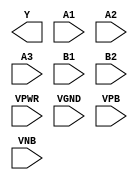
module sky130_fd_sc_ms__a32oi (
    Y   ,
    A1  ,
    A2  ,
    A3  ,
    B1  ,
    B2  ,
    VPWR,
    VGND,
    VPB ,
    VNB
);

    output Y   ;
    input  A1  ;
    input  A2  ;
    input  A3  ;
    input  B1  ;
    input  B2  ;
    input  VPWR;
    input  VGND;
    input  VPB ;
    input  VNB ;
endmodule